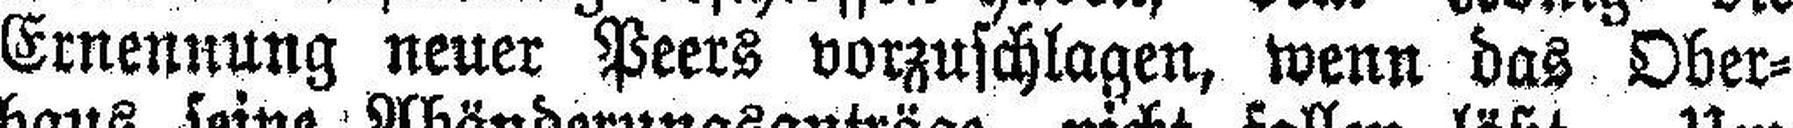
Ernennung neuer Peers vorzuschlagen, wenn das Ober¬